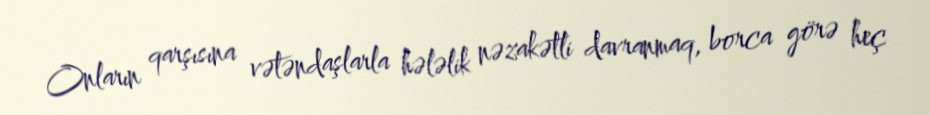
Onların qarşısına vətəndaşlarla hələlik nəzakətli davranmaq, borca görə heç